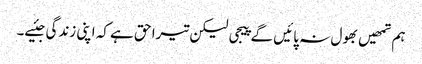
ہم تمھیں بھول نہ پائیں گے پیجی لیکن تیرا حق ہے کہ اپنی زندگی جئیے۔